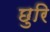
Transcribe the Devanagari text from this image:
छुरि